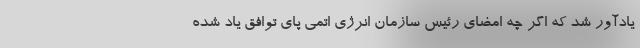
یادآور شد که اگر چه امضای رئیس سازمان انرژی اتمی پای توافق یاد شده